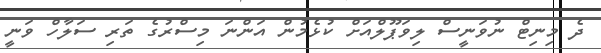
ދެ މިނިޓް ނުވަނީސް ލިވަޕޫލްއަށް ކުޅެމުން އަންނަ މިސްރުގެ ތަރި ސަލާހް ވަނީ